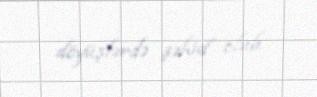
döyüşlərdə şəhid olub.